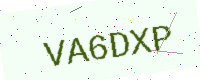
Text: VA6DXP